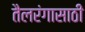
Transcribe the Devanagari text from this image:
तैलरंगासाठी